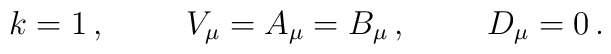
k  =  1\, ,\hspace{1cm}V_{\mu}=A_{\mu}=B_{\mu}\, ,\hspace{1cm}D_{\mu}=0\, .